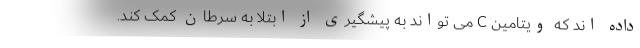
داده اند که ویتامین C می تواند به پیشگیری از ابتلا به سرطان کمک کند.